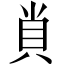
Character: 𧴪